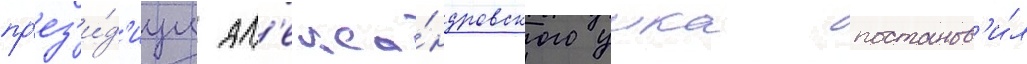
пр'ез'и́д'иум ал'екса́ндровского уика постанов'и́л